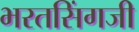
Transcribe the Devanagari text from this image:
भरतसिंगजी